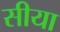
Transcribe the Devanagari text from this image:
सीया